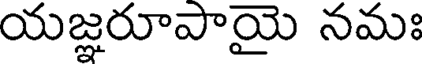
యజ్ఞరూపాయై నమః